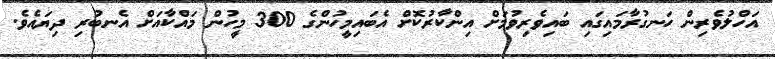
އަހްލުވެރިން ހަނގުރާމައިގައި ބައިވެރިވުމަށް އިންކާރުކޮށް އެބައިމީހުންގެ 300 މީހުން މައްކާއަށް އެނބުރި ދިޔައެވެ.